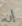
إن